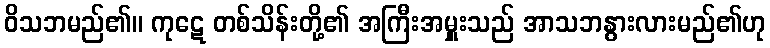
ဝိသဘမည်၏။ ကုဋေ တစ်သိန်းတို့၏ အကြီးအမှူးသည် အာသဘနွားလားမည်၏ဟု